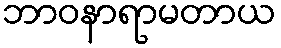
ဘာဝနာရာမတာယ